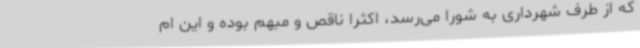
که از طرف شهرداری به شورا می‌رسد، اکثرا ناقص و مبهم بوده و این ام